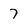
Character: 7